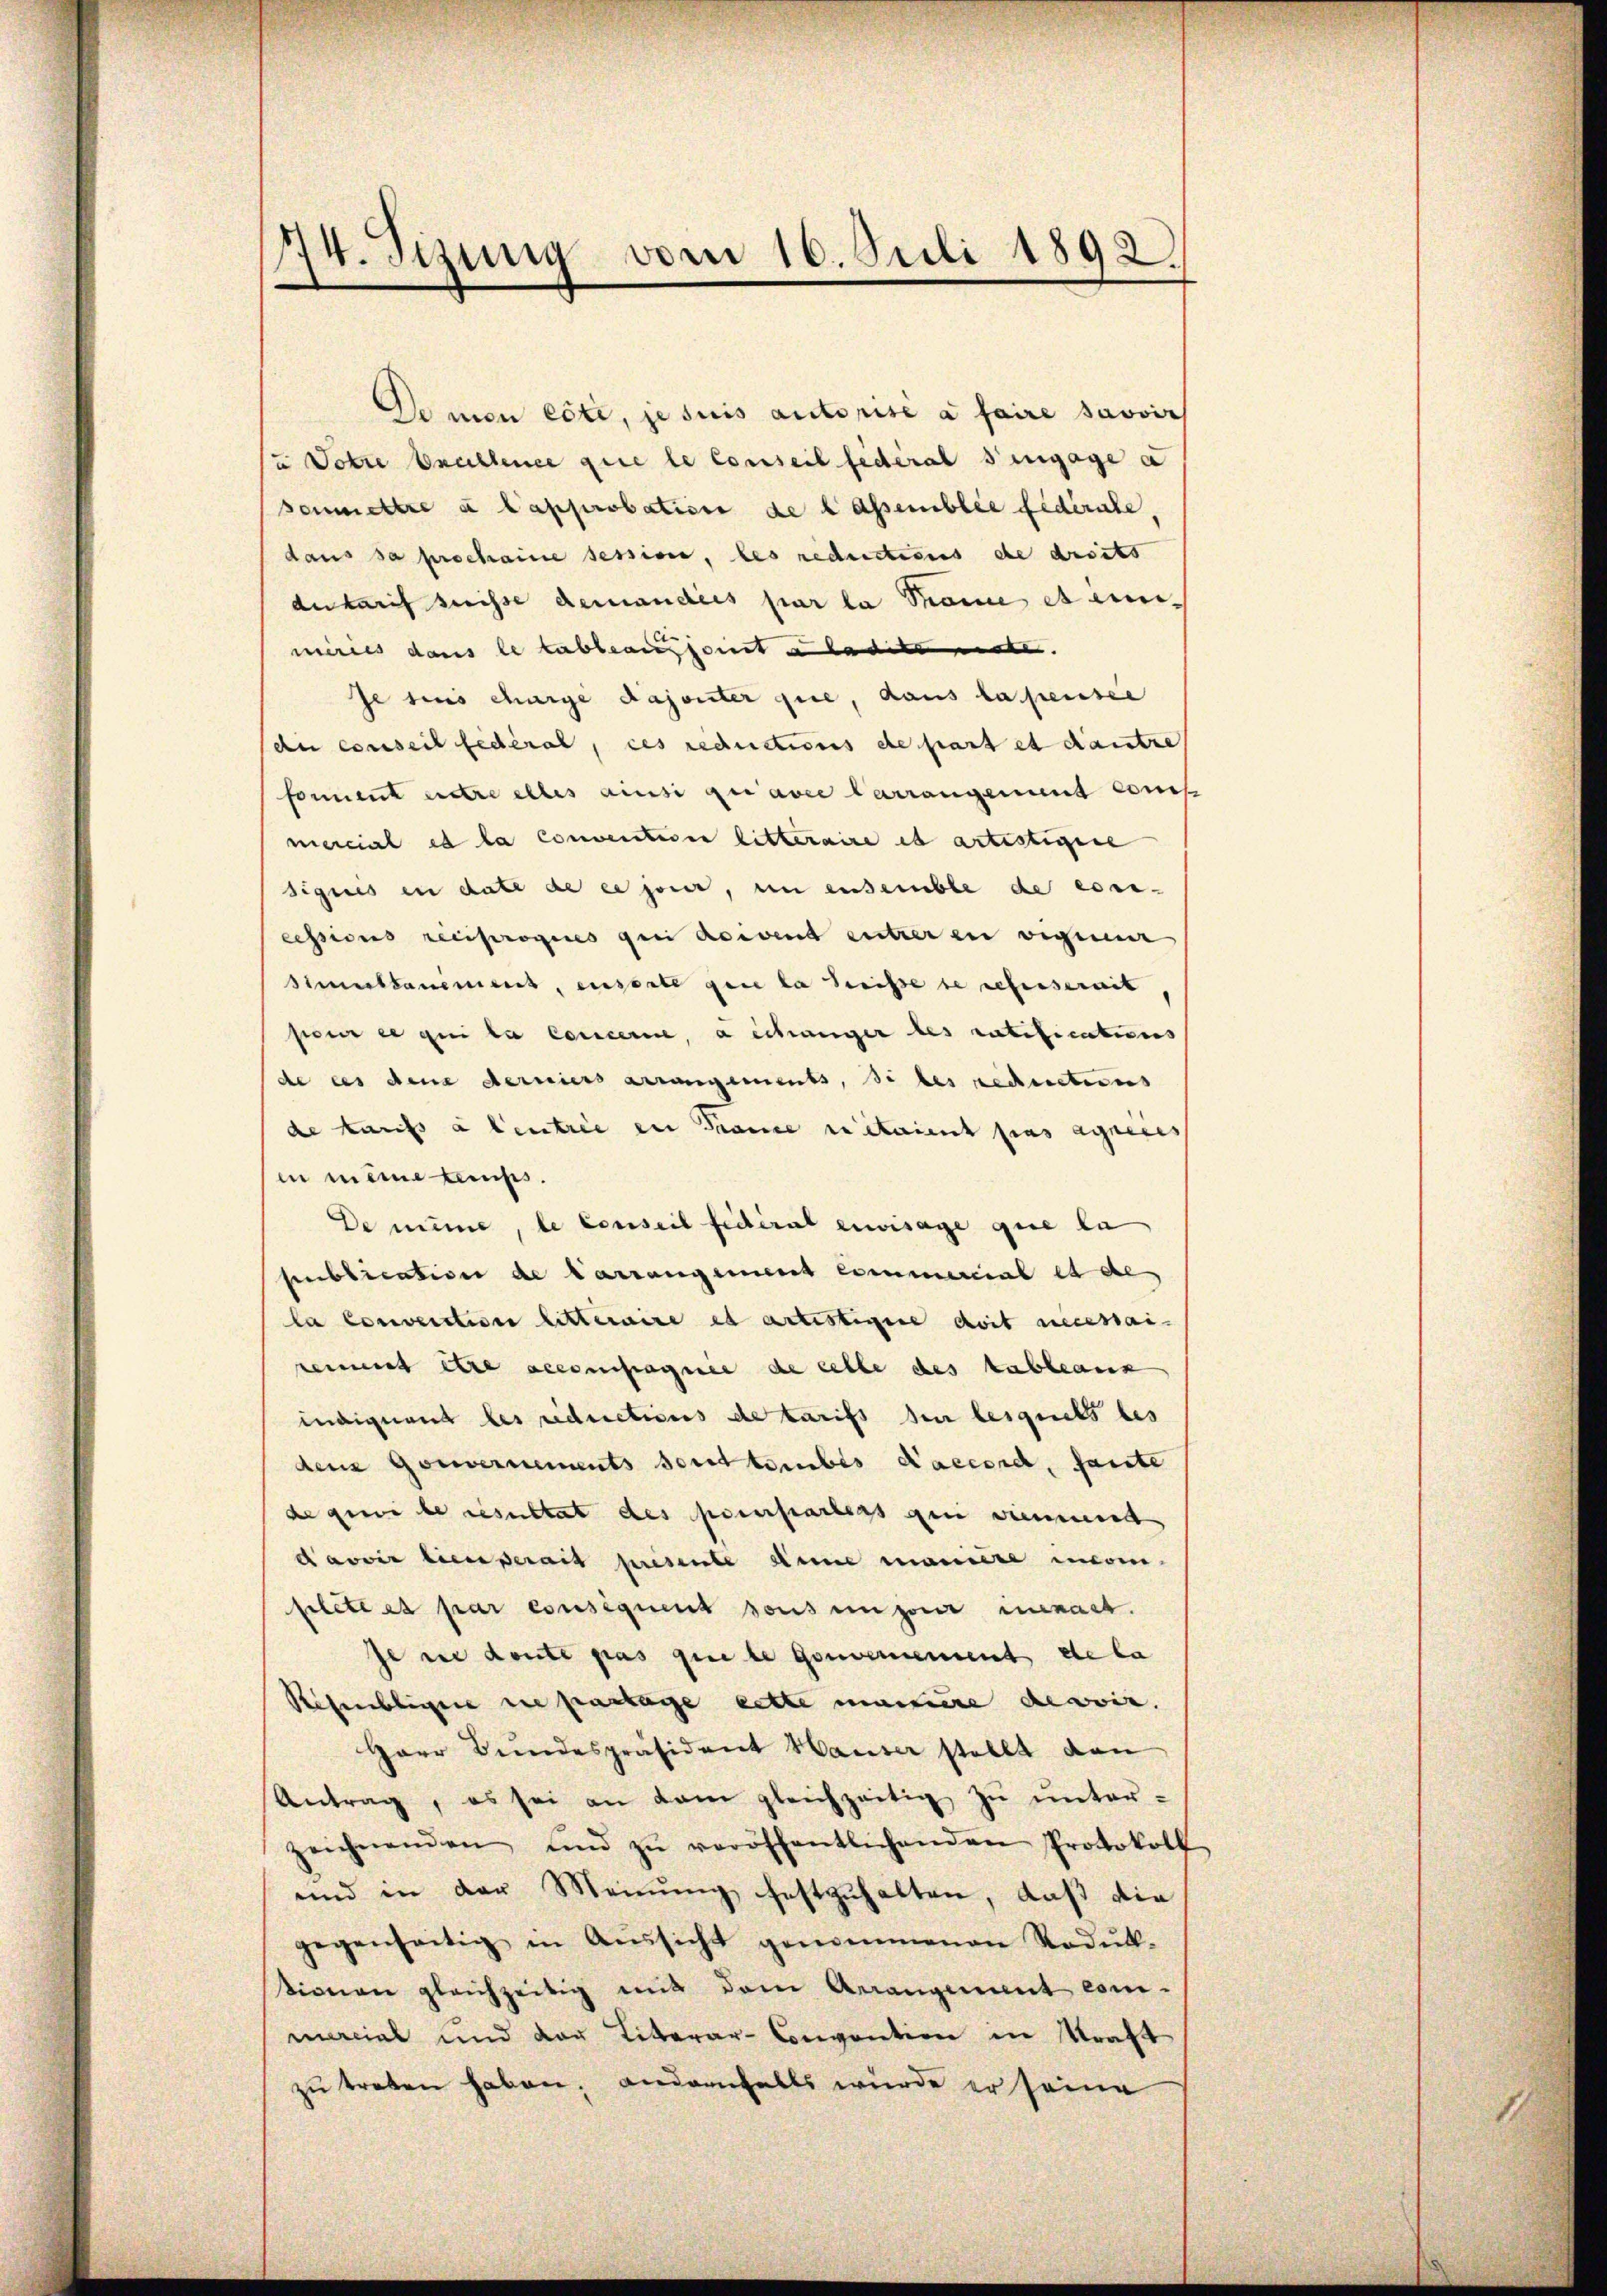
74. Sizung vom 16. Juli 1892
e

De mon exte, je suis autorisé à faire savoir
u Dotre brüllence que le conseil fédéral Sengage a
sonmmettre à l’approbation de lassemblée fédérale.
daus sa prochaine session, les reductions de droits
dutarif suisse demandées par la Tome et einimeries dans le tableansport u ladilomete.
Jesius charge dajonter que, dans la pensee
di conseil fédéral, ces reductions de part et dautre
forment entre alles ainsi qu’avee Carrangement Cons
mercial es la conventione litteraire et artistigene
signis in date de er jener, in ensemble de essi-
cessions reciprogenes geri doivent entreren vegeen
Simetkammens, enserte gene la heisse se refuserait
seur ce qui le concerne, a schänger des ratificatens
de des den derniers arrangements, de des reductions
de Tarifs à Centrie in France rétaient pas agneres
in meine temps.
De meine, le Conseil fédéral envisage que la
publication de Carrangement commercial et de
la convention litteraire et artistigere doit necessai
reiment dere accompagnie de celle des tableaux
mneignend des riductions de tarifs den lesquels bes
den Gouvernements sont tombes Saccord, fante
de que le resultat des praeparters qui viemmend
davoir bienserait presente die manière non-
felettes par consequent sous unserer innert.
Je wie deute pas que le Gouvernement de la
Risenbliger die partage lette manciere des vir.
Herr Bundespräsident Hauser stellt dan
Antrag, es sei an dem gleichzeitig zŭ ŭnter-
zeichnenden und zŭ veröffentlichenden Protokoll
und in der Meinŭng festzuhalten, daß die
gegenseitig in Aŭssicht genommenen Rodŭk-
tionen gleichzeitig mit dem Arrangenant com-
mercial und der Literar-Convention in Kraft
zŭ treten haben; andernfalls wurde er seine